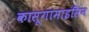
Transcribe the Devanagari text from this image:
कासूगामाइसिन